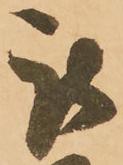
被